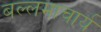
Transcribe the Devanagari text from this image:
बल्लमाचार्य